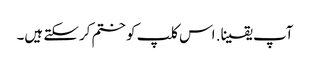
آپ یقینا. اس کلپ کو ختم کرسکتے ہیں۔